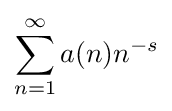
\sum _{n=1}^{\infty }a(n)n^{-s}